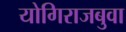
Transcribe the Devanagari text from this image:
योगिराजबुवा